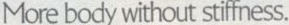
More body without stiffness.